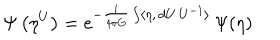
LaTeX: \Psi \left( \eta ^ { U } \right) = e ^ { - \frac { i } { 4 \pi G } \int \langle \eta , \, d U \, U ^ { - 1 } \rangle } \, \Psi ( \eta )